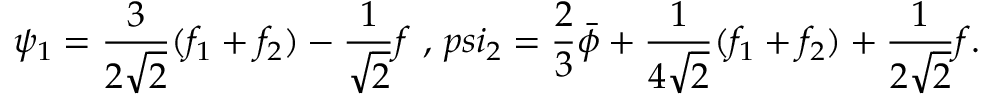
\psi _ { 1 } = \frac { 3 } { 2 \sqrt { 2 } } ( f _ { 1 } + f _ { 2 } ) - \frac { 1 } { \sqrt { 2 } } f \ , \, p s i _ { 2 } = \frac { 2 } { 3 } \bar { \phi } + \frac { 1 } { 4 \sqrt { 2 } } ( f _ { 1 } + f _ { 2 } ) + \frac { 1 } { 2 \sqrt { 2 } } f .